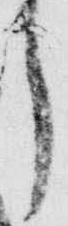
了